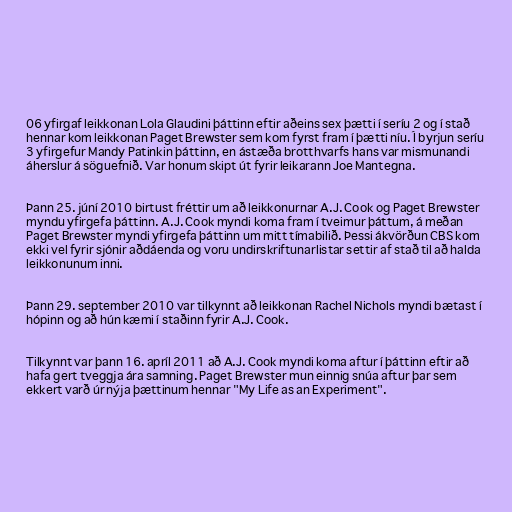
06 yfirgaf leikkonan Lola Glaudini þáttinn eftir aðeins sex þætti í seríu 2 og í stað
hennar kom leikkonan Paget Brewster sem kom fyrst fram í þætti níu. Í byrjun seríu
3 yfirgefur Mandy Patinkin þáttinn, en ástæða brotthvarfs hans var mismunandi
áherslur á söguefnið. Var honum skipt út fyrir leikarann Joe Mantegna.

Þann 25. júní 2010 birtust fréttir um að leikkonurnar A.J. Cook og Paget Brewster
myndu yfirgefa þáttinn. A.J. Cook myndi koma fram í tveimur þáttum, á meðan
Paget Brewster myndi yfirgefa þáttinn um mitt tímabilið. Þessi ákvörðun CBS kom
ekki vel fyrir sjónir aðdáenda og voru undirskriftunarlistar settir af stað til að halda
leikkonunum inni.

Þann 29. september 2010 var tilkynnt að leikkonan Rachel Nichols myndi bætast í
hópinn og að hún kæmi í staðinn fyrir A.J. Cook.

Tilkynnt var þann 16. apríl 2011 að A.J. Cook myndi koma aftur í þáttinn eftir að
hafa gert tveggja ára samning. Paget Brewster mun einnig snúa aftur þar sem
ekkert varð úr nýja þættinum hennar "My Life as an Experiment".